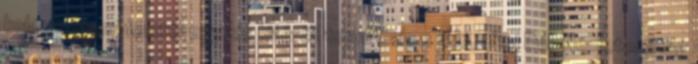
kolostortemplomtól egy kis kitérőt tenni Salem felé, ahol Dél-Németország